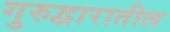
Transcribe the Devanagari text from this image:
गुरुद्वारातील